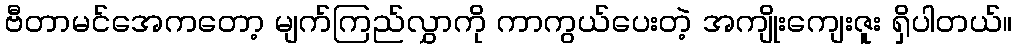
ဗီတာမင်အေကတော့ မျက်ကြည်လွှာကို ကာကွယ်ပေးတဲ့ အကျိုးကျေးဇူး ရှိပါတယ်။